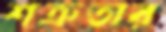
শত্রুতার